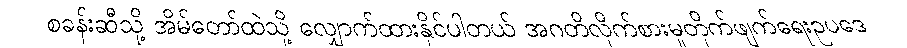
စခန်းဆီသို့ အိမ်တော်ထဲသို့ လျှောက်ထားနိုင်ပါတယ် အဂတိလိုက်စားမှုတိုက်ဖျက်ရေးဥပဒေ